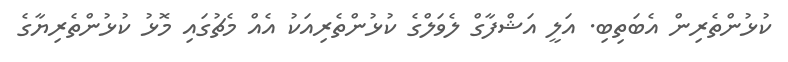
ކުޅުންތެރިން އެބަތިބި. އަލީ އަޝްފާގް ލެވަލްގެ ކުޅުންތެރިއަކު އެއް މެޗުގައި މޮޅު ކުޅުންތެރިޔާގެ